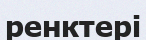
ренктері